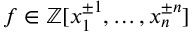
f \in \mathbb { Z } [ x _ { 1 } ^ { \pm 1 } , \dots , x _ { n } ^ { \pm n } ]